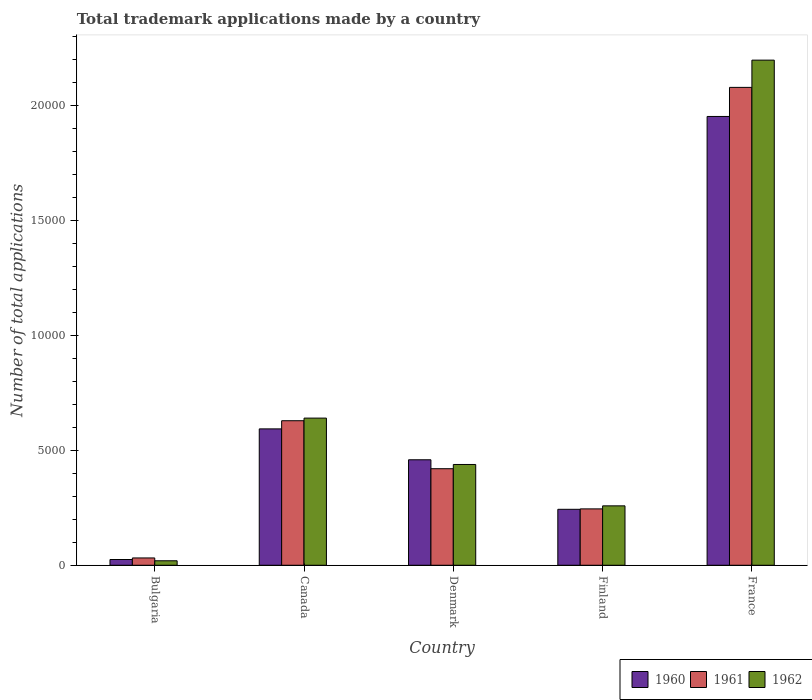
| Country | 1960 | 1961 | 1962 |
 | --- | --- | --- | --- |
 | Bulgaria | 250 | 318 | 195 |
 | Canada | 5.93e+03 | 6.28e+03 | 6.4e+03 |
 | Denmark | 4.58e+03 | 4.2e+03 | 4.38e+03 |
 | Finland | 2.43e+03 | 2.45e+03 | 2.58e+03 |
 | France | 1.95e+04 | 2.08e+04 | 2.2e+04 |